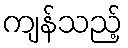
ကျန်သည့်